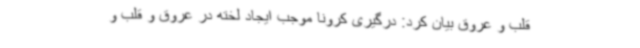
قلب و عروق بیان کرد: درگیری کرونا موجب ایجاد لخته در عروق و قلب و